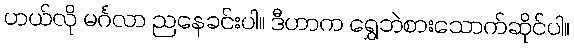
ဟယ်လို မင်္ဂလာ ညနေခင်းပါ။ ဒီဟာက ရွှေဘဲစားသောက်ဆိုင်ပါ။